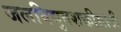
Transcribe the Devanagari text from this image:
जलविद्युतशक्तीसाठी